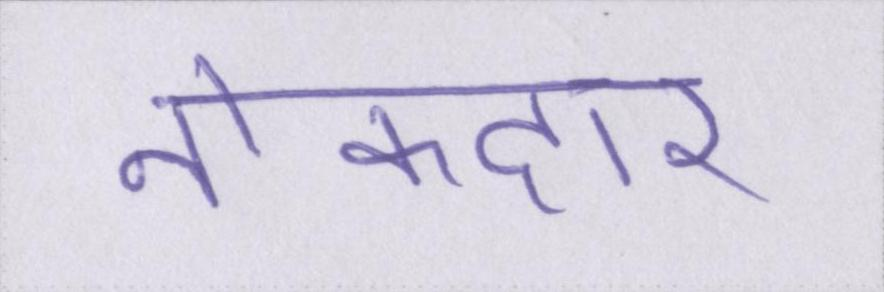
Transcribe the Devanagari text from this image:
नोकदार